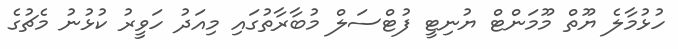
ހުޅުމާލެ ޔޫތް މޫމަންޓް ޔުނިޓީ ފުޓްސަލް މުބާރާތުގައި މިއަދު ހަވީރު ކުޅުނު މެޗުގެ